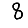
Digit: 8